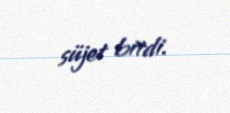
süjet bitdi.